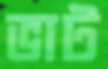
ভাট